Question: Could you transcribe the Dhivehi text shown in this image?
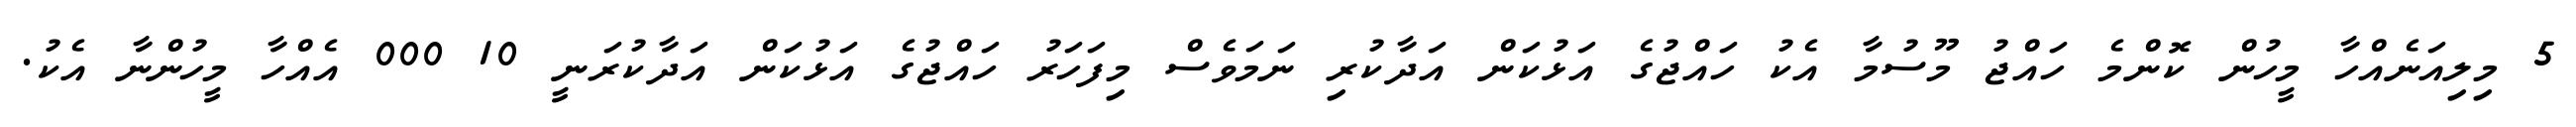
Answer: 5 މިލިއަނެއްހާ މީހުން ކޮންމެ ހައްޖު މޫސުމާ އެކު ހައްޖުގެ އަޅުކަން އަދާކުރި ނަމަވެސް މިފަހަރު ހައްޖުގެ އަޅުކަން އަދާކުރަނީ 10 000 އެއްހާ މީހުންނާ އެކު.